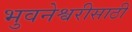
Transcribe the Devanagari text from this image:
भुवनेश्वरीसाठी